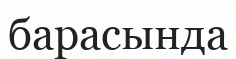
барасында